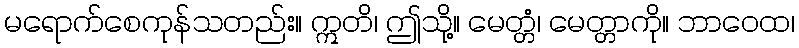
မရောက်စေကုန်သတည်း။ ဣတိ၊ ဤသို့။ မေတ္တံ၊ မေတ္တာကို။ ဘာဝေထ၊